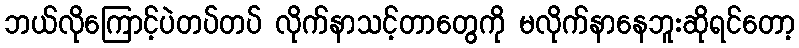
ဘယ်လိုကြောင့်ပဲတပ်တပ် လိုက်နာသင့်တာတွေကို မလိုက်နာနေဘူးဆိုရင်တော့